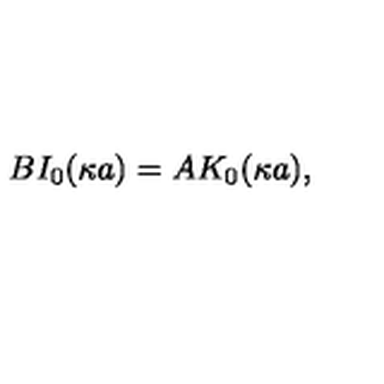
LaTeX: B I _ { 0 } ( \kappa a ) = A K _ { 0 } ( \kappa a ) ,